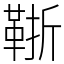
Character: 䩢